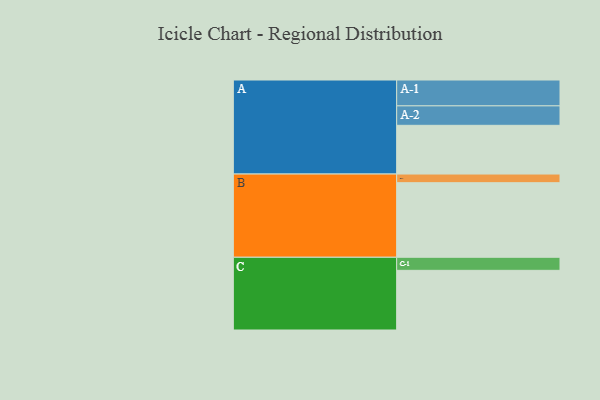
{"axis": {"x": "Segment", "y": "Value"}, "legend": ["", "A", "B", "C"], "data": [{"x": "A", "y": 343, "type": ""}, {"x": "B", "y": 525, "type": ""}, {"x": "C", "y": 420, "type": ""}, {"x": "A-1", "y": 182, "type": "A"}, {"x": "A-2", "y": 137, "type": "A"}, {"x": "B-1", "y": 61, "type": "B"}, {"x": "C-1", "y": 92, "type": "C"}]}